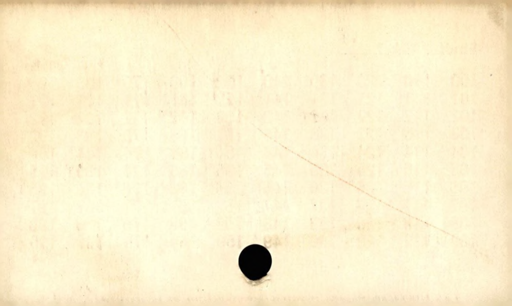
Label: blank